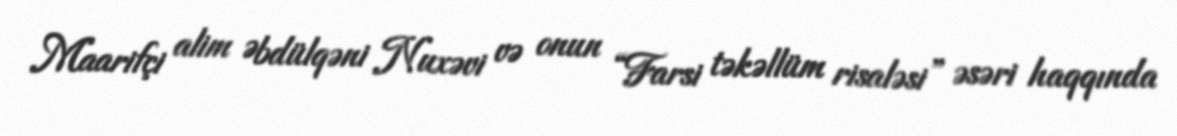
Maarifçi alim Əbdülqəni Nuxəvi və onun “Farsi təkəllüm risaləsi” əsəri haqqında